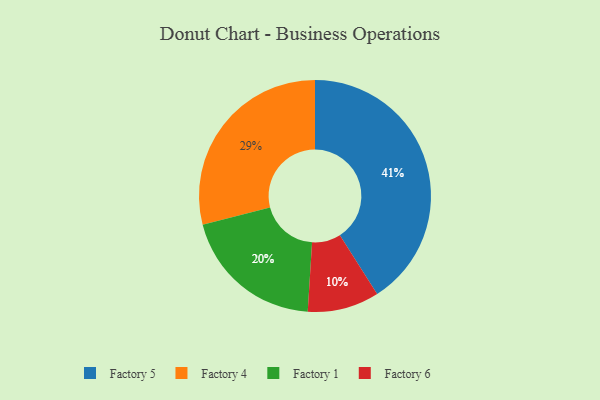
{"axis": {"x": "Category", "y": "Percentage"}, "legend": ["Factory 1", "Factory 4", "Factory 5", "Factory 6"], "data": [{"x": "Factory 6", "y": 10, "type": "Factory 6"}, {"x": "Factory 4", "y": 29, "type": "Factory 4"}, {"x": "Factory 5", "y": 41, "type": "Factory 5"}, {"x": "Factory 1", "y": 20, "type": "Factory 1"}]}